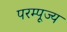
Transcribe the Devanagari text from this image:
परम्पूज्य